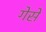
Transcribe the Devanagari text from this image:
गेसें